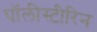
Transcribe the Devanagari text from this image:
पॉलीस्टीरिन